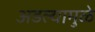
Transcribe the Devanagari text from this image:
अडल्यामुळे